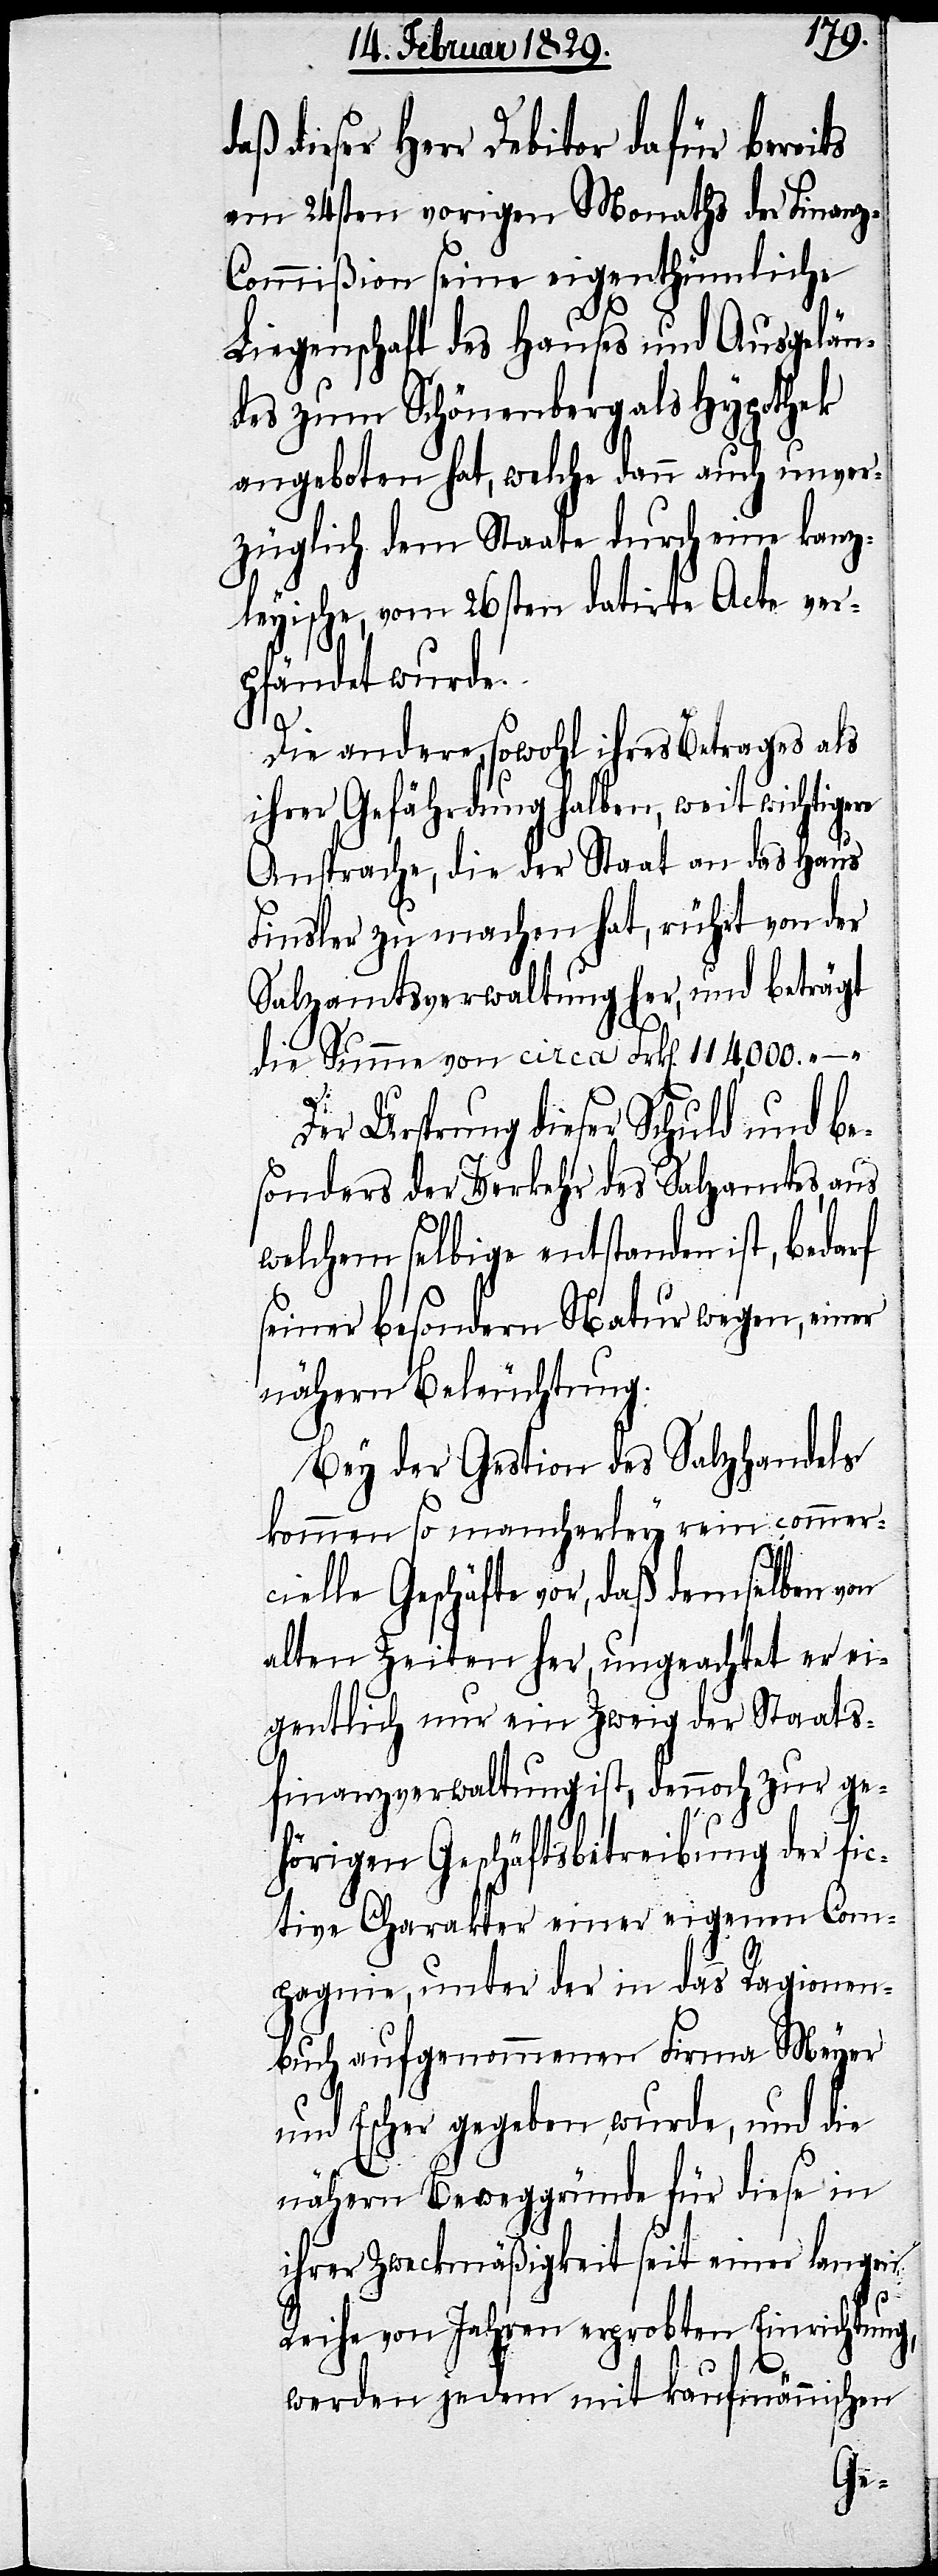
daß dieser Herr Debitor dafür bereits
am 24sten vorigen Monaths der Finanz-C¬
ommißion seine eigenthümliche
Liegenschaft des Hauses und Ausgelän¬
des zum Schönenberg als Hypothek
angeboten hat, welche dann auch unver¬
züglich dem Staate durch eine kanz¬
leyische, vom 26sten datirte Acte ver¬
pfändet wurde.
Die andere, sowohl ihres Betrages als
ihrer Gefährdung halben, weit wichtigere
Ansprache, die der Staat an das Haus
Finsler zu machen hat, rührt von der
Salzamtsverwaltung her, und beträgt
die Summe von circa Frk[en]. 114,000.–.
Der Ursprung dieser Schuld und be¬
sonders der Verkehr des Salzamtes, aus
welchem selbige entstanden ist, bedarf
seiner besondern Natur wegen, einer
nähern Beleuchtung:
Bey der Gestion des Salzhandels
kommen so mancherley rein commer¬
cielle Geschäfte vor, daß demselben von
alten Zeiten her, ungeachtet er ei¬
gentlich nur ein Zweig der Staats¬
finanzverwaltung ist, dennoch zur ge¬
hörigen Geschäftsbetreibung der fic¬
tive Charakter einer eigenen Com¬
pagnie, unter der in das Ragionen¬
buch aufgenommenen Firma Meyer
und Escher gegeben wurde, und die
nähern Beweggründe für diese in
ihrer Zweckmäßigkeit seit einer langen
Reihe von Jahren erprobten Einrichtung,
werden jedem mit kaufmännischen